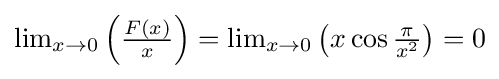
{\textstyle \lim _{x\to 0}\left({\frac {F(x)}{x}}\right)=\lim _{x\to 0}\left(x\cos {\frac {\pi }{x^{2}}}\right)=0}